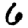
Digit: 6